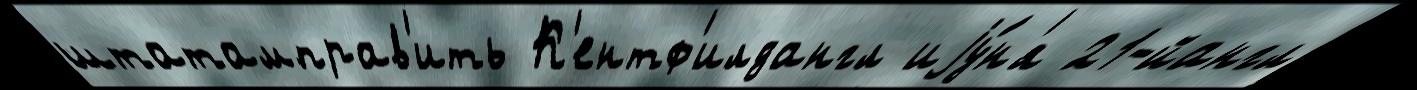
штатамправ'ить К'ентф'илдангл иjу́н'я 21-йангл